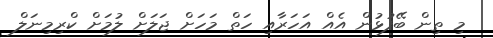
މި ތިން ބޭފުޅުން އެއް އަހަރާއި ހަތް މަހަށް ޖަލަށް ލުމަށް ކްރިމިނަލް